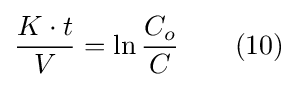
{\frac {K\cdot t}{V}}=\ln {\frac {C_{o}}{C}}\qquad (10)